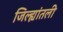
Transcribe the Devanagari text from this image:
जिल्ह्यांतली